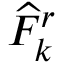
\widehat { F } _ { k } ^ { r }